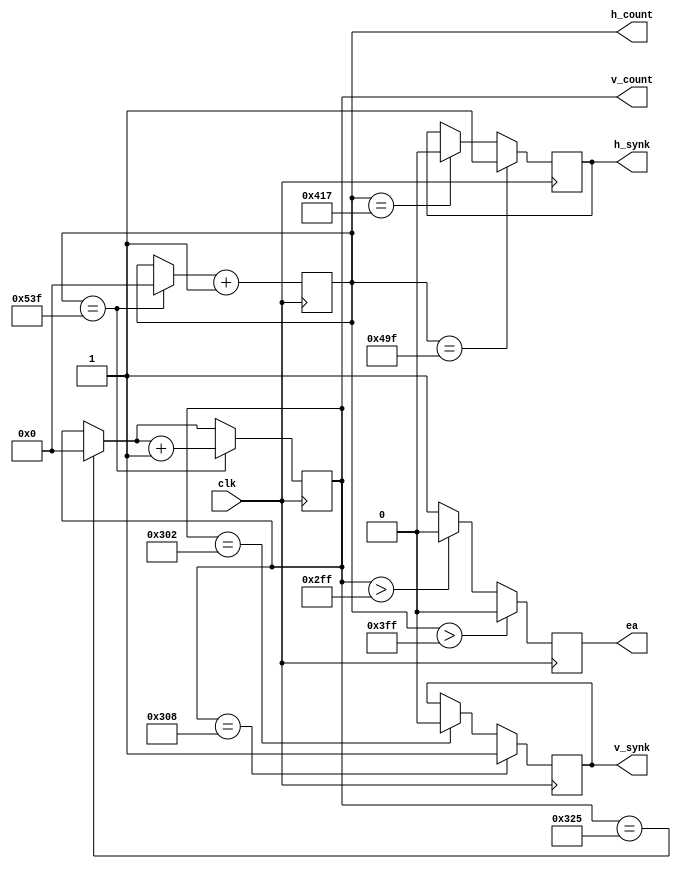
module synk
(input clk,output v_synk, h_synk, ea,
output [10:0] h_count, output [10:0] v_count );

reg [10:0] count_h = 0;
reg [10:0] count_v = 0;
reg v = 1;
reg h = 1;
reg ea_reg =1;

assign h_count = count_h;
assign v_count = count_v; 
assign v_synk = v;
assign h_synk = h;
assign ea = ea_reg;

always @ (posedge clk)
begin

if ( count_h > 1023) ea_reg = 0;
else if( count_v >767) ea_reg = 0;
else ea_reg = 1;
  
// v-synk
if (count_v == 770) begin
 v = 0;
end

if (count_v == 776) begin
 v = 1;
end
//-----------------------------

// back porch and jump next frame 
if (count_v == 805) begin
 count_v = 0; 
end


//  h - synk 
if (count_h == 1047) begin
 h = 0;
end

if (count_h == 1183) begin
 h = 1;
end 
//-----------------------------

// back porch and jump next line 
if (count_h == 1343) begin
 count_h = 0;
 count_v = count_v + 1;
end
//----------------------------




count_h = count_h + 1;
end
endmodule